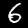
Label: 6